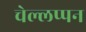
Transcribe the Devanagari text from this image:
चेल्लप्पन